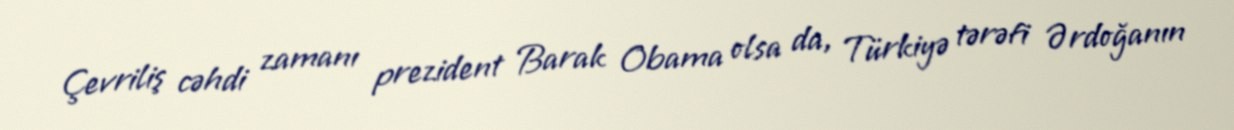
Çevriliş cəhdi zamanı prezident Barak Obama olsa da, Türkiyə tərəfi Ərdoğanın